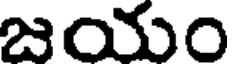
జయం